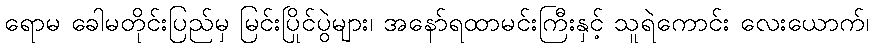
ရောမ ခေါမတိုင်းပြည်မှ မြင်းပြိုင်ပွဲများ၊ အနော်ရထာမင်းကြီးနှင့် သူရဲကောင်း လေးယောက်၊